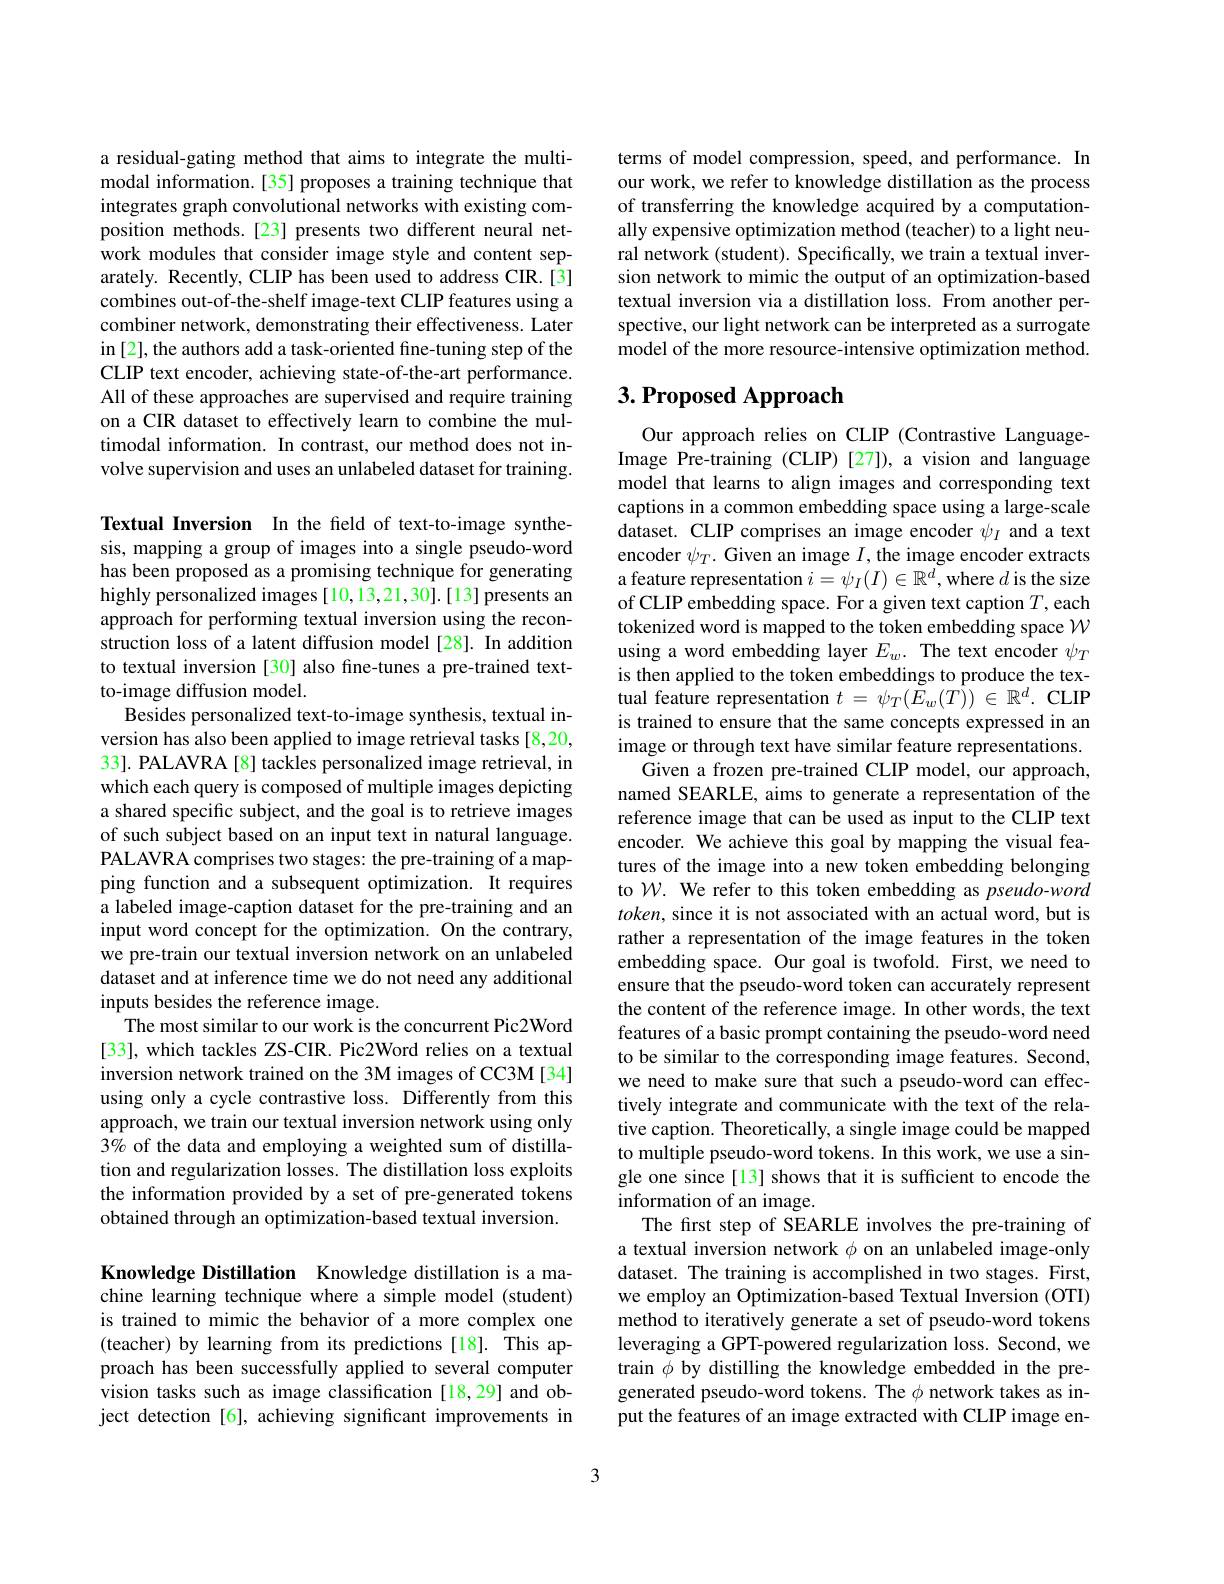
a residual-gating method that aims to integrate the multimodal information.[35] proposes a training technique that integrates graph convolutional networks with existing composition methods.[23] presents two different neural network modules that consider image style and content separately. Recently, CLIP has been used to address CIR.[3] combines out-of-the-shelf image-text CLIP features using a combiner network, demonstrating their effectiveness. Later in [2], the authors add a task-oriented fine-tuning step of the CLIP text encoder, achieving state-of-the-art performance. All of these approaches are supervised and require training on a CIR dataset to effectively learn to combine the multimodal information. In contrast, our method does not involve supervision and uses an unlabeled dataset for training.

Textual Inversion In the field of text-to-image synthesis, mapping a group of images into a single pseudo-word has been proposed as a promising technique for generating highly personalized images [ 10,13,21,30]. [13] presents an approach for performing textual inversion using the reconstruction loss of a latent diffusion model [28]. In addition to textual inversion [30] also fine-tunes a pre-trained textto-image diffusion model.
Besides personalized text-to-image synthesis, textual inversion has also been applied to image retrieval tasks [8,20, 33]. PALAVRA [8] tackles personalized image retrieval, in which each query is composed of multiple images depicting a shared specific subject, and the goal is to retrieve images of such subject based on an input text in natural language. PALAVRA comprises two stages: the pre-training of a mapping function and a subsequent optimization. It requires a labeled image-caption dataset for the pre-training and an input word concept for the optimization. On the contrary, we pre-train our textual inversion network on an unlabeled dataset and at inference time we do not need any additional inputs besides the reference image.
The most similar to our work is the concurrent Pic2Word [33], which tackles ZS-CIR. Pic2Word relies on a textual inversion network trained on the 3M images of CC3M [34] using only a cycle contrastive loss. Differently from this approach, we train our textual inversion network using only 3% of the data and employing a weighted sum of distillation and regularization losses. The distillation loss exploits the information provided by a set of pre-generated tokens obtained through an optimization-based textual inversion.

Knowledge Distillation Knowledge distillation is a machine learning technique where a simple model (student) is trained to mimic the behavior of a more complex one (teacher) by learning from its predictions [18]. This approach has been successfully applied to several computer vision tasks such as image classification[18,29] and object detection [6], achieving significant improvements in

terms of model compression, speed, and performance. In our work, we refer to knowledge distillation as the process of transferring the knowledge acquired by a computationally expensive optimization method (teacher) to a light neural network (student). Specifically, we train a textual inversion network to mimic the output of an optimization-based textual inversion via a distillation loss. From another perspective, our light network can be interpreted as a surrogate model of the more resource-intensive optimization method.

# 3. Proposed Approach

Our approach relies on CLIP (Contrastive LanguageImage Pre-training (CLIP) [27]), a vision and language model that learns to align images and corresponding text captions in a common embedding space using a large-scale dataset. CLIP comprises an image encoder $\psi_I$ and a text encoder $\psi_T.$ Given an image $I$,the image encoder extracts a feature representation $i=\psi_I(I)\in\mathbb{R}^d$, where $d$ is the size of CLIP embedding space. For a given text caption $T$,each tokenized word is mapped to the token embedding space $\mathcal{W}$ using a word embedding layer $E_w.$ The text encoder $\psi_T$ is then applied to the token embeddings to produce the textual feature representation $t=\psi_{T}(\tilde{E}_{w}(T))\in\mathbb{R}^{d}.$ CLIP is trained to ensure that the same concepts expressed in an image or through text have similar feature representations.
Given a frozen pre-trained CLIP model, our approach, named SEARLE, aims to generate a representation of the reference image that can be used as input to the CLIP text encoder. We achieve this goal by mapping the visual features of the image into a new token embedding belonging to W. We refer to this token embedding as pseudo-word $token$, since it is not associated with an actual word, but is rather a representation of the image features in the token embedding space. Our goal is twofold. First, we need to ensure that the pseudo-word token can accurately represent the content of the reference image. In other words, the text features of a basic prompt containing the pseudo-word need to be similar to the corresponding image features. Second, we need to make sure that such a pseudo-word can effectively integrate and communicate with the text of the relative caption. Theoretically, a single image could be mapped to multiple pseudo-word tokens. In this work, we use a single one since[13] shows that it is sufficient to encode the information of an image.
The first step of SEARLE involves the pre-training of a textual inversion network $\phi$ on an unlabeled image-only dataset. The training is accomplished in two stages. First, we employ an Optimization-based Textual Inversion (OTI) method to iteratively generate a set of pseudo-word tokens leveraging a GPT-powered regularization loss. Second, we train $\phi$ by distilling the knowledge embedded in the pregenerated pseudo-word tokens. The $\phi$ network takes as input the features of an image extracted with CLIP image en-

3